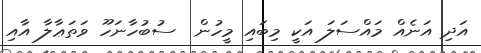
އަދި އަނެއް މައްސަލަ އަކީ މިބައި މީހުން  ސުބުހާނަހޫ ވަތަޢާލާ އާއި